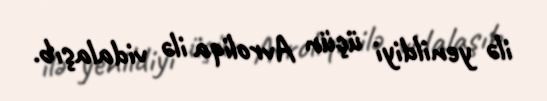
ilə yenildiyi üçün Avroliqa ilə vidalaşıb.